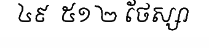
៤៩  ៥១ ២ ថែស្សា